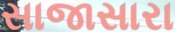
સાજાસારા